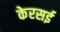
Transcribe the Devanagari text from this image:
केरसई